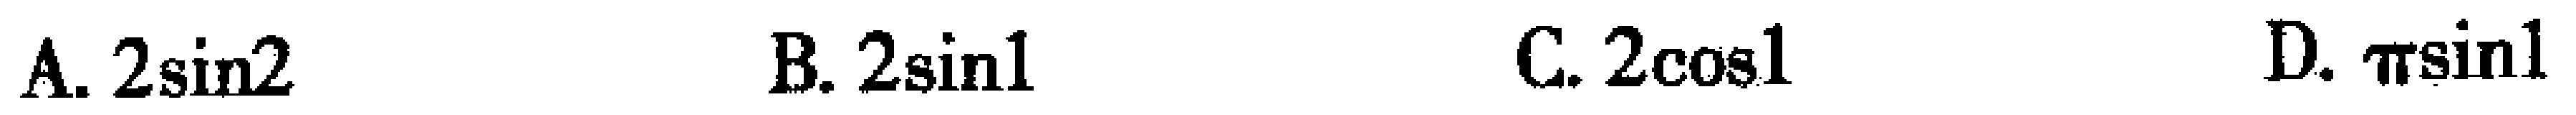
A. \(2\sin2\)  B. \(2\sin1\)  C. \(2\cos1\)  D. \(\pi\sin1\)